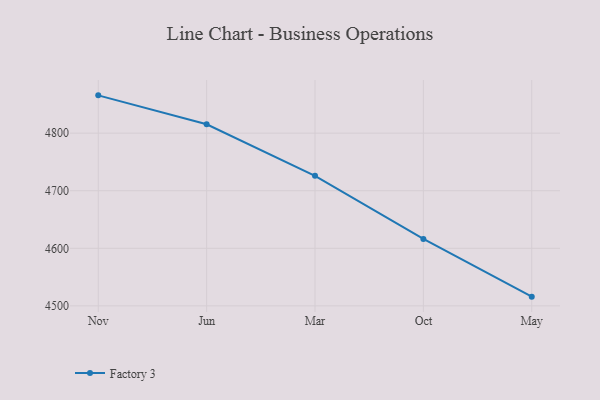
{"axis": {"x": "Month", "y": "Market Share (%)"}, "legend": ["Factory 3"], "data": [{"x": "Nov", "y": 4865.7, "type": "Factory 3"}, {"x": "Jun", "y": 4815.4, "type": "Factory 3"}, {"x": "Mar", "y": 4725.9, "type": "Factory 3"}, {"x": "Oct", "y": 4616.3, "type": "Factory 3"}, {"x": "May", "y": 4516.0, "type": "Factory 3"}]}